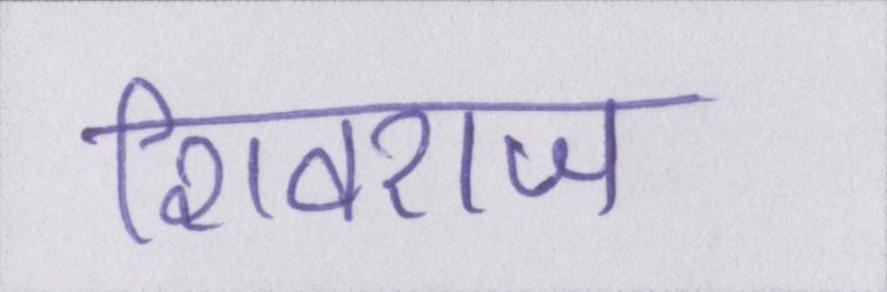
शिवराज